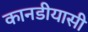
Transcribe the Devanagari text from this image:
कानडीयासी